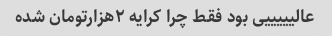
عالیییییی بود فقط چرا کرایه ۲هزارتومان شده